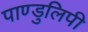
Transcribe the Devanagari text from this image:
पाण्डुलिपी